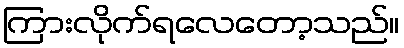
ကြားလိုက်ရလေတော့သည်။